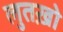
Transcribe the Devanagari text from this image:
लुतख़ो